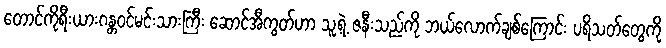
တောင်ကိုရီးယားဂန္တဝင်မင်းသားကြီး ဆောင်အီကွတ်ဟာ သူ့ရဲ့ ဇနီးသည်ကို ဘယ်လောက်ချစ်ကြောင်း ပရိသတ်တွေကို